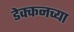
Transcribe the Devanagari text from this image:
डेक्कनच्या